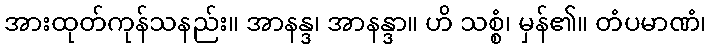
အားထုတ်ကုန်သနည်း။ အာနန္ဒ၊ အာနန္ဒာ။ ဟိ သစ္စံ၊ မှန်၏။ တံပမာဏံ၊